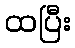
ထပြီး